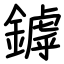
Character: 鏬